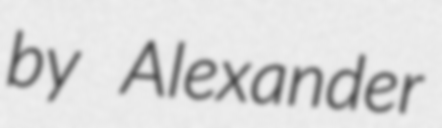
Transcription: by Alexander